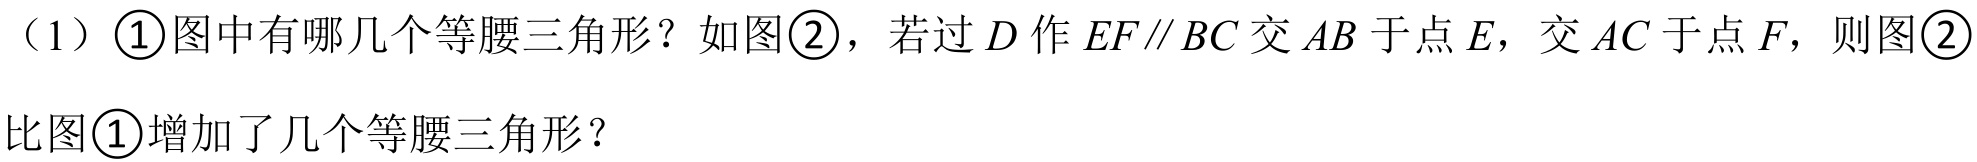
（1）\textcircled{1}图中有哪几个等腰三角形？如图\textcircled{2}，若过\(D\)作\(EF\parallel BC\)交\(AB\)于点\(E\)，交\(AC\)于点\(F\)，则图\textcircled{2}比图\textcircled{1}增加了几个等腰三角形？